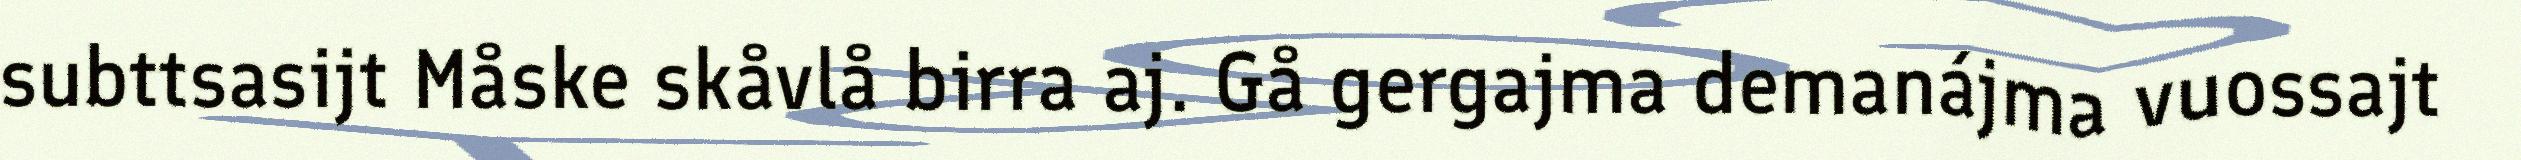
subttsasijt Måske skåvlå birra aj. Gå gergajma demanájma vuossajt